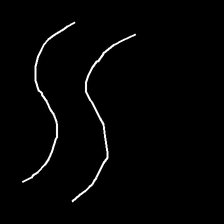
Glyph: float